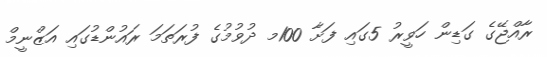
ރާއްޖޭގެ ގަޑިން ހަވީރު 5ގައި ފަށާ 100މ ދުވުމުގެ ފުރަތަމަ ރައުންޑުގައި އަޒްނީމް